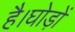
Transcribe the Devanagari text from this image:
है।घोड़ों